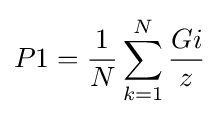
P1={\frac {1}{N}}\sum _{k=1}^{N}{\frac {Gi}{z}}